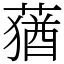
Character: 蕕